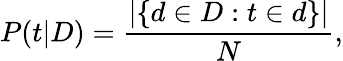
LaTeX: P(t|D)={\frac{|\{ d\in D:t\in d\} |}{N}},